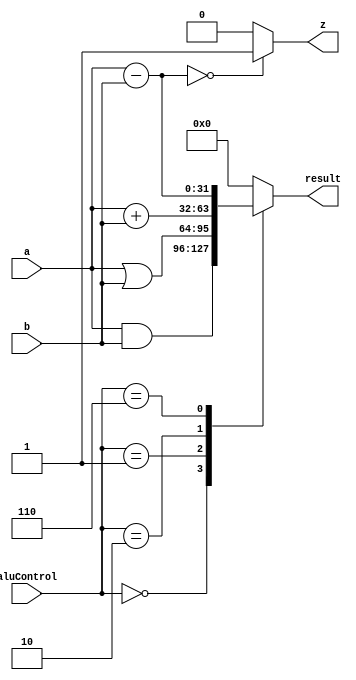
`timescale 1ns / 1ps
//////////////////////////////////////////////////////////////////////////////////
// Company: 
// Engineer: 
// 
// Design Name: 
// Module Name: alu
// Project Name: 
// Target Devices: 
// Tool Versions: 
// Description: 
// 
// Dependencies: 
// 
// Revision:
// Revision 0.01 - File Created
// Additional Comments:
// 
//////////////////////////////////////////////////////////////////////////////////


module alu (
input wire [31:0] a, b,
input wire [2:0] aluControl,
output reg [31:0] result,
output wire z
    );
    
    always @(*)
    begin
    case (aluControl)
    3'b000 : result = a & b;
    3'b001 : result = a | b;
    3'b010 : result = a + b;
    //3'b011 : result = ;
    //3'b100 : result = ;
    //3'b101 : result = ;
    3'b110 : result = a-b ;
    //3'b111 : result = ;
    default : result = 0;
    endcase
    
    
    end
    assign z = ((a - b) == 0) ? 1 : 0;
endmodule